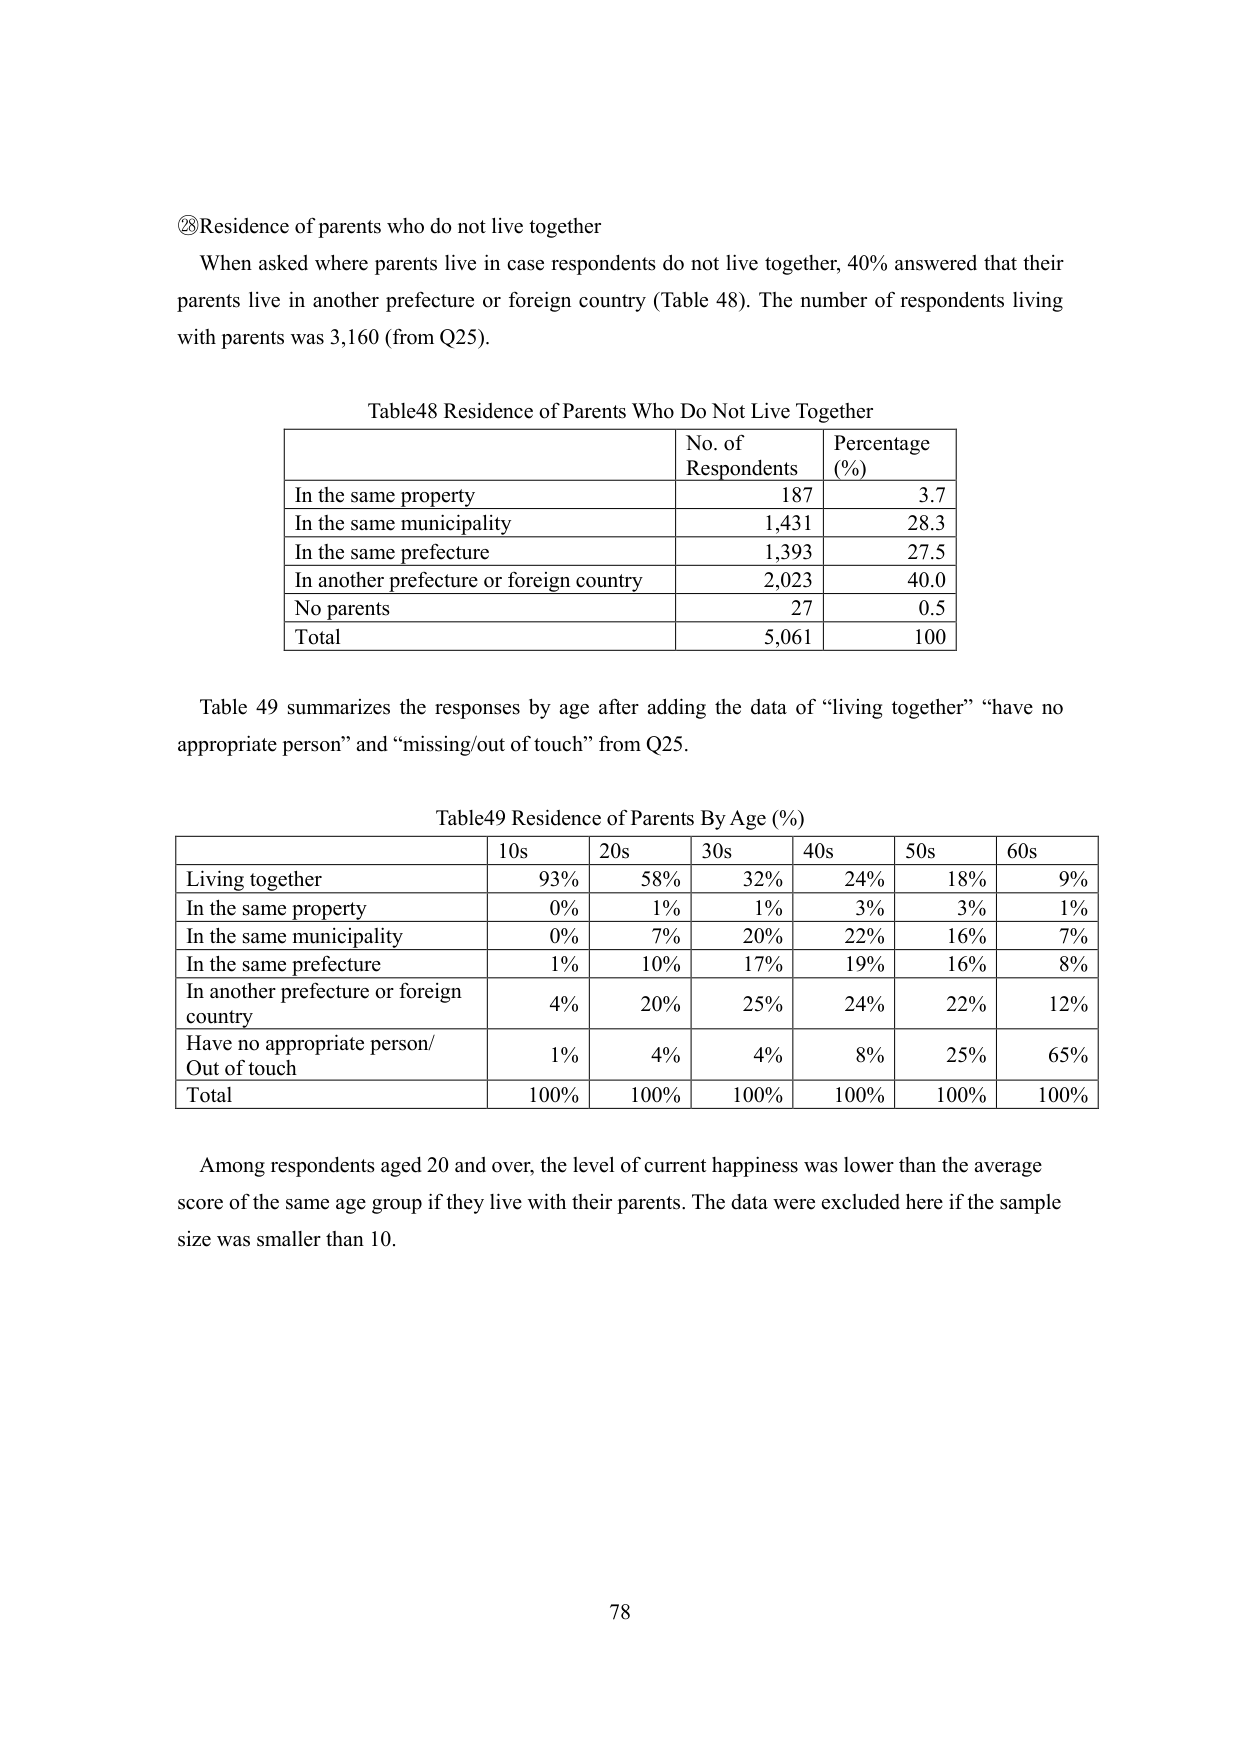
⑳ Residence of parents who do not live together
When asked where parents live in case respondents do not live together, 40% answered that their parents live in another prefecture or foreign country (Table 48). The number of respondents living with parents was 3,160 (from Q25).

Table48 Residence of Parents Who Do Not Live Together
| | No. of Respondents | Percentage (%) |
|---|---|---|
| In the same property | 187 | 3.7 |
| In the same municipality | 1,431 | 28.3 |
| In the same prefecture | 1,393 | 27.5 |
| In another prefecture or foreign country | 2,023 | 40.0 |
| No parents | 27 | 0.5 |
| Total | 5,061 | 100 |

Table 49 summarizes the responses by age after adding the data of “living together” “have no appropriate person” and “missing/out of touch” from Q25.

Table49 Residence of Parents By Age (%)
| | 10s | 20s | 30s | 40s | 50s | 60s |
|---|---|---|---|---|---|---|
| Living together | 93% | 58% | 32% | 24% | 18% | 9% |
| In the same property | 0% | 1% | 1% | 3% | 3% | 1% |
| In the same municipality | 0% | 7% | 20% | 22% | 16% | 7% |
| In the same prefecture | 1% | 10% | 17% | 19% | 16% | 8% |
| In another prefecture or foreign country | 4% | 20% | 25% | 24% | 22% | 12% |
| Have no appropriate person/ Out of touch | 1% | 4% | 4% | 8% | 25% | 65% |
| Total | 100% | 100% | 100% | 100% | 100% | 100% |

Among respondents aged 20 and over, the level of current happiness was lower than the average score of the same age group if they live with their parents. The data were excluded here if the sample size was smaller than 10.

78